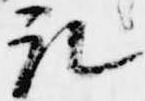
取